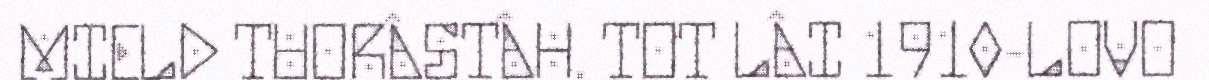
MIELD TUORÂSTÂH. TOT LÂI 1910-LOVO